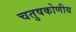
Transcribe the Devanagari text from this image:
चतुषकोणीय